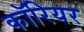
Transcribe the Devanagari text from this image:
कॉरियर